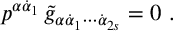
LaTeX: p ^ { \alpha \dot { \alpha } _ { 1 } } \, \tilde { g } _ { \alpha \dot { \alpha } _ { 1 } \cdots \dot { \alpha } _ { 2 s } } = 0 \ .